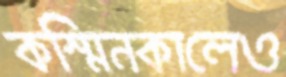
কস্মিনকালেও